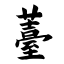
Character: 薹